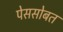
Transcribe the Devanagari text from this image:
पेससोबत